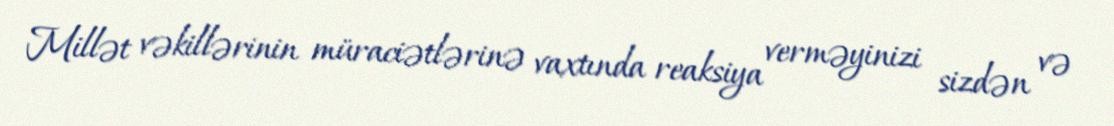
Millət vəkillərinin müraciətlərinə vaxtında reaksiya verməyinizi sizdən və